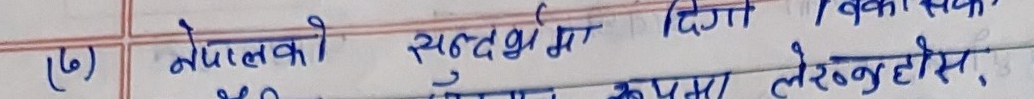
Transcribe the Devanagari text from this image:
(७) नेपालको सन्दर्भमा दिगो विकास बारेमा आफ्नो धारणा लेख्नुहोस्,